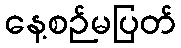
နေ့စဉ်မပြတ်